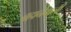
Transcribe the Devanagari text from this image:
बहानेवाली